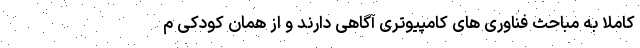
کاملا به مباحث فناوری های کامپیوتری آگاهی دارند و از همان کودکی م